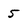
Character: 5